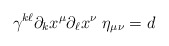
\begin{align*}\gamma^{k\ell} \partial_k x^{\mu} \partial_{\ell} x^{\nu}~ \eta_{\mu \nu} =d\end{align*}